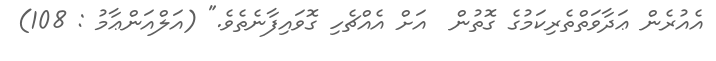
އެއުރެން ޢަދާވަތްތެރިކަމުގެ ގޮތުން  އަށް އެއްޗެހި ގޮވައިފާނެތެވެ." (އަލްއަންޢާމު : 108)